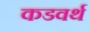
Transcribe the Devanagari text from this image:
कडवर्थ